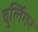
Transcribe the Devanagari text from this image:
बुर्लिगर